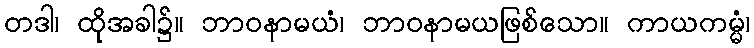
တဒါ၊ ထိုအခါ၌။ ဘာဝနာမယံ၊ ဘာဝနာမယဖြစ်သော။ ကာယကမ္မံ၊